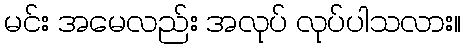
မင်း အမေလည်း အလုပ် လုပ်ပါသလား။